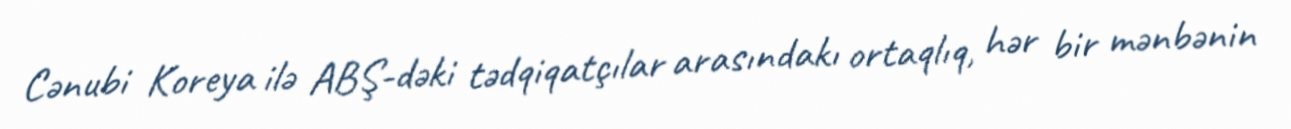
Cənubi Koreya ilə ABŞ-dəki tədqiqatçılar arasındakı ortaqlıq, hər bir mənbənin